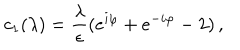
LaTeX: c _ { 1 } ( \lambda ) = { \frac { \lambda } { \epsilon } } ( e ^ { i \varphi } + e ^ { - i \varphi } - 2 ) \, ,